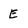
Character: E